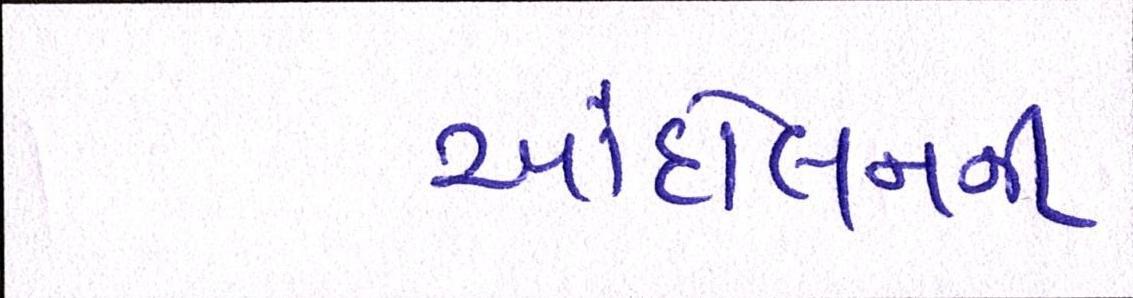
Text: આંદોલનની